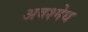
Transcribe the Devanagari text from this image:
अवश्मेध